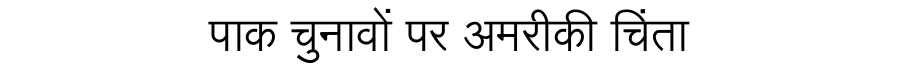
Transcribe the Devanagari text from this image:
पाक चुनावों पर अमरीकी चिंता